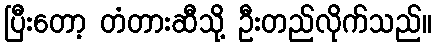
ပြီးတော့ တံတားဆီသို့ ဦးတည်လိုက်သည်။